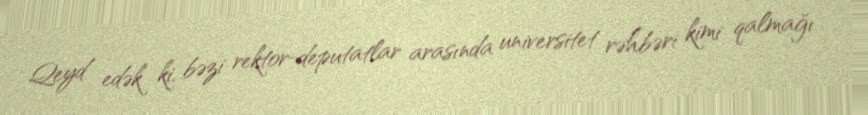
Qeyd edək ki, bəzi rektor-deputatlar arasında universitet rəhbəri kimi qalmağı